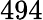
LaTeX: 494